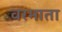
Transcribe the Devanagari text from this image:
वरमाता